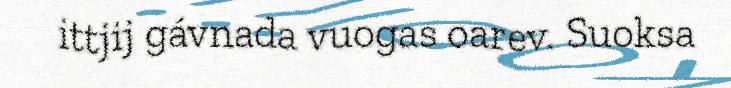
ittjij gávnada vuogas oarev. Suoksa